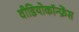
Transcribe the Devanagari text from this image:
वीडियोकॉन्फ्रेंस